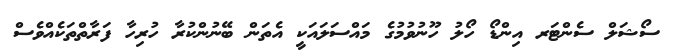
ސޯޝަލް ސެންޓަރ އިންޑޯ ހޯލު ހޫނުވުމުގެ މައްސަލައަކީ އެތަން ބޭނުންކުރާ ހުރިހާ ފަރާތްތަކެއްވެސް